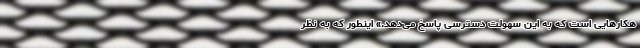
هکارهایی است که به این سهولت دسترسی پاسخ می‌دهد.» اینطور که به نظر